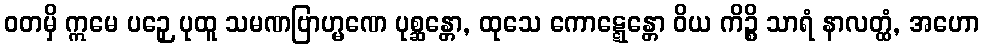
ဝတမှိ ဣမေ ပဉှေ ပုထူ သမဏဗြာဟ္မဏေ ပုစ္ဆန္တော, ထုသေ ကောဋ္ဋေန္တော ဝိယ ကိဉ္စိ သာရံ နာလတ္ထံ, အဟော